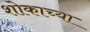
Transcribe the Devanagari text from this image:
शोकाच्या